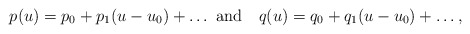
\begin{align*}p(u) = p_0 + p_1 (u-u_0) + \dots\ {\rm and}~~~q(u) = q_0 + q_1 (u-u_0) + \dots,\end{align*}